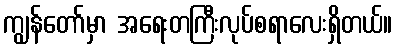
ကျွန်တော်မှာ အရေးတကြီးလုပ်စရာလေးရှိတယ်။